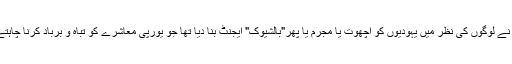
نازیوں نے لوگوں کی نظر میں یہودیوں کو اچھوت یا مجرم یا پھر"بالشیوک" ایجنٹ بنا دیا تھا جو یورپی معاشرے کو تباہ و برباد کرنا چاہتے تھے۔